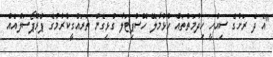
"އެ ދެ ރަށުގެ ސިއްހީ ހިދުމަތްތައް ހުޅުމާލޭ ހޮސްޕިޓަލާ ގުޅިގެން ތަރައްގީކުރުމުގެ ޕްރޮޕޯސަލްއެއް